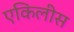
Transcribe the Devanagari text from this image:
एकिलीस